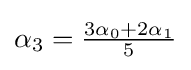
{\textstyle \alpha _{3}={{3\alpha _{0}+2\alpha _{1}} \over 5}}